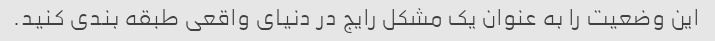
این وضعیت را به عنوان یک مشکل رایج در دنیای واقعی طبقه بندی کنید.